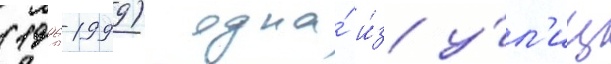
(1996-1999) одна́ и́з у́л'иц